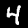
Label: 4